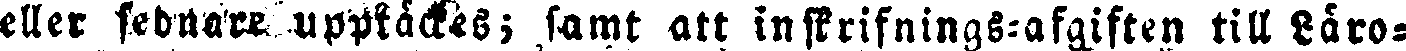
eller sednare upptäckes; samt att inskrifnings-afgiften till Läro-